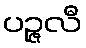
ပဉ္ဇလီ